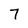
Character: 7